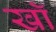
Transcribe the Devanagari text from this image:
खॉं